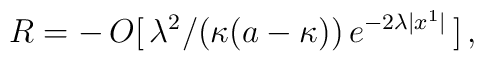
\:R = -\,O[\,\lambda^2 /(\kappa(a-\kappa))\,e^{-2\lambda|x^1 |}\,] \,,\: